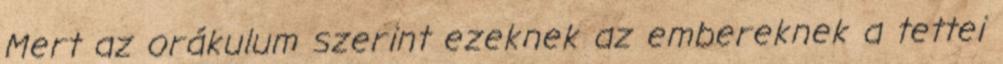
Mert az orákulum szerint ezeknek az embereknek a tettei